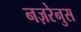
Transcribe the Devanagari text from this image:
नज़रेनुस